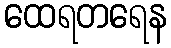
ထေရတရေန